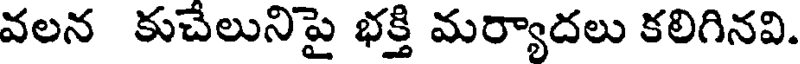
వలన కుచేలునిపై భక్తి మర్యాదలు కలిగినవి.